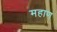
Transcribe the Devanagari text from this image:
महाण